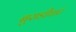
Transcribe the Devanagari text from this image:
बुराडीघाट